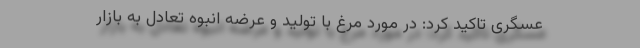
عسگری تاکید کرد: در مورد مرغ با تولید و عرضه انبوه تعادل به بازار